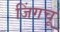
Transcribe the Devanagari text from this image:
जिंगचू